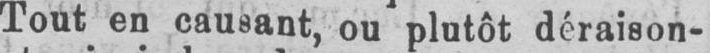
Tout en causant, ou plutôt déraison-